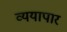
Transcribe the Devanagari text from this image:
व्ययापार